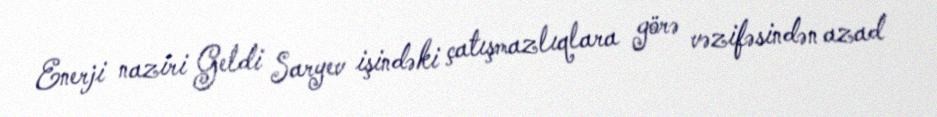
Enerji naziri Geldi Saryev işindəki çatışmazlıqlara görə vəzifəsindən azad